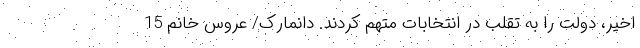
اخیر، دولت را به تقلب در انتخابات متهم کردند. دانمارک/ عروس خانم 15